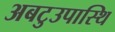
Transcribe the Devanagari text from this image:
अबटुउपास्थि